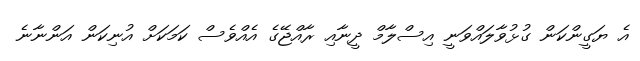
އެ ޔަގީންކަން ގުޅުވާލައްވަނީ އިސްލާމް ދީނާއި ރާއްޖޭގެ އެއްވެސް ކަމަކަށް އުނިކަން އަންނާނެ